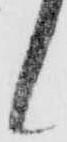
候